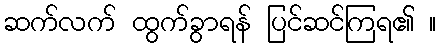
ဆက်လက် ထွက်ခွာရန် ပြင်ဆင်ကြရ၏ ။